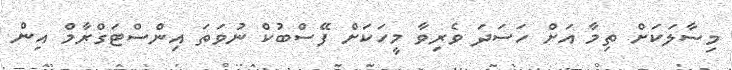
މިސާލަކަށް ތިމާ އަށް ހަސަދަ ވެރިވާ މީހަކަށް ފޭސްބުކް ނުވަތަ އިންސްޓަގްރާމް އިން